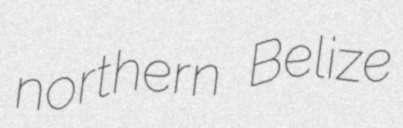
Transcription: northern Belize